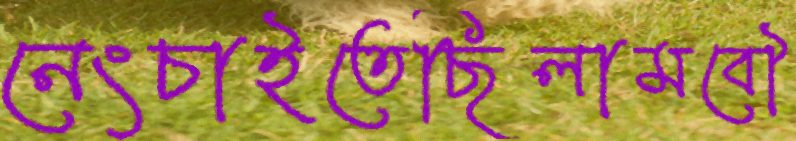
নেংচাইতেছিলামবৌ